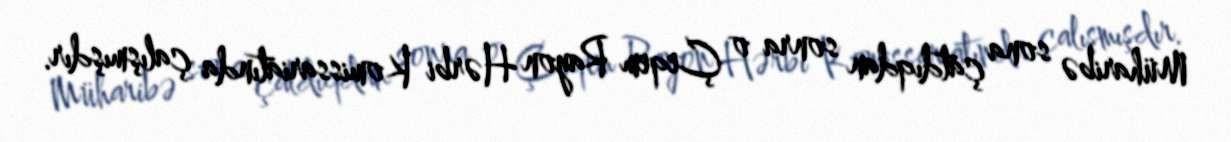
Müharibə sona çatdıqdan sonra o Çeqem Rayon Hərbi Komissariatında çalışmışdır.